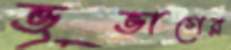
ভূভাগের